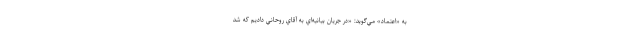
به «اعتماد» مي‌گويد: «در جريان بيانيه‌اي به آقاي روحاني داديم كه شد